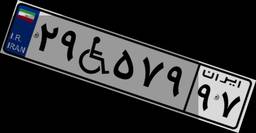
۴۸W۹۹۹۸۵